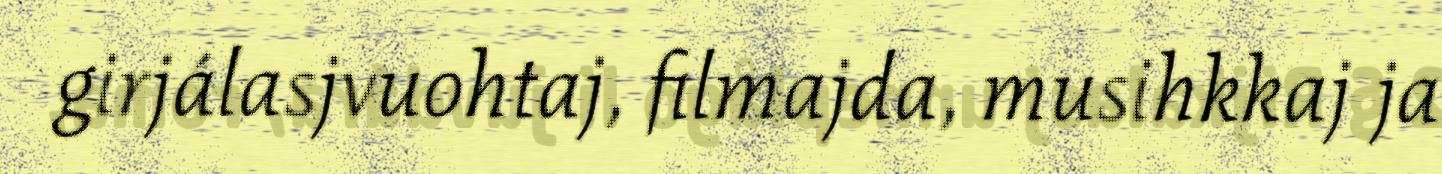
girjálasjvuohtaj, filmajda, musihkkaj ja